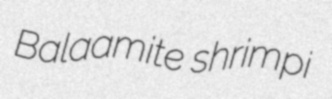
Balaamite shrimpi